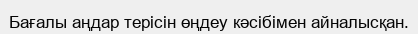
Бағалы аңдар терісін өңдеу кәсібімен айналысқан.